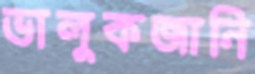
ভালুকজানি